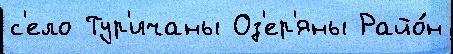
с'ело Тур'ичаны Оз'ер'яны Райо́н